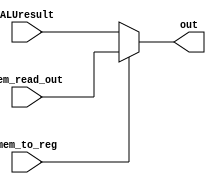
module Write_Back(mem_to_reg,Mem_read_out,ALUresult,out);

input mem_to_reg;
input [31:0]Mem_read_out,ALUresult;
output [31:0]out;

assign out = mem_to_reg ? Mem_read_out : ALUresult;
endmodule